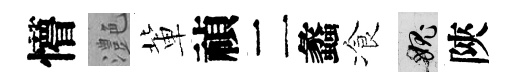
懵灔軰禎二蠡飡愧陝